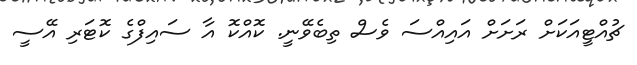
ޗުއްޓީއަކަށް ރަށަށް އައިއްސަ ވެސް ތިބެވޭނީ. ކޮއްކޮ އާ ސައިފްގެ ކޮޓަރި އޭސީ